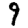
Digit: 9